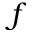
f